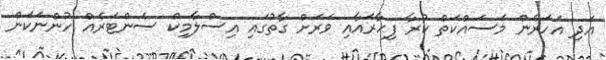
އަދި އަހަރެން މަސައްކަތް ކުރާ ފިހާރައާއި ވަރަށް ގާތުގައި އިސްލާމިކް ސެންޓަރެއް ހުންނަކަން